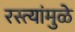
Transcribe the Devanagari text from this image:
रस्त्यांमुळे